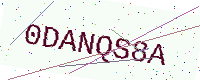
Text: 0DANQS8A